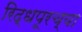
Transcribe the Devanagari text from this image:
रिद्धपूरच्या